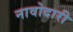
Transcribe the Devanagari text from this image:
नावोदारी